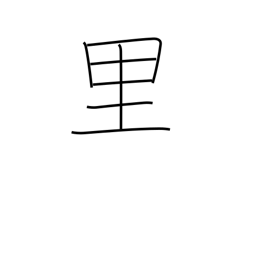
Meaning: league